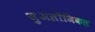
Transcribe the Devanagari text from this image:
ज़ुअलॉजिकल